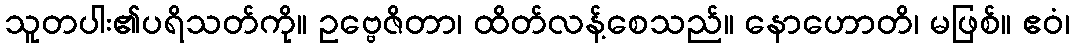
သူတပါး၏ပရိသတ်ကို။ ဥဗ္ဗေဇိတာ၊ ထိတ်လန့်စေသည်။ နောဟောတိ၊ မဖြစ်။ ဧဝံ၊